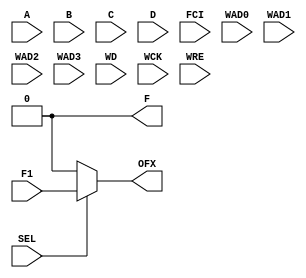
module OXIDE_COMB(
	input A, B, C, D, 
	input SEL, 
	input F1, 
	input FCI, 
	input WAD0, WAD1, WAD2, WAD3, 
	input WD, 
	input WCK, WRE, 
	output F, 
	output OFX 
);
	parameter MODE = "LOGIC"; 
	parameter [15:0] INIT = 16'h0000;
	parameter INJECT = "YES";
	localparam inject_p = (INJECT == "YES") ? 1'b1 : 1'b0;
	reg [15:0] lut = INIT;
	wire [7:0] s3 = D ?     INIT[15:8] :     INIT[7:0];
	wire [3:0] s2 = C ?       s3[ 7:4] :       s3[3:0];
	wire [1:0] s1 = B ?       s2[ 3:2] :       s2[1:0];
	wire Z =        A ?          s1[1] :         s1[0];
	wire [3:0] s2_3 = C ?   INIT[ 7:4] :     INIT[3:0];
	wire [1:0] s1_3 = B ?   s2_3[ 3:2] :     s2_3[1:0];
	wire Z3 =         A ?      s1_3[1] :       s1_3[0];
	generate
		if (MODE == "DPRAM") begin
			always @(posedge WCK)
				if (WRE)
					lut[{WAD3, WAD2, WAD1, WAD0}] <= WD;
		end
		if (MODE == "CCU2") begin
			assign F = Z ^ (FCI & ~inject_p);
			assign FCO = Z ? FCI : (Z3 & ~inject_p);
		end else begin
			assign F = Z;
		end
	endgenerate
	assign OFX = SEL ? F1 : F;
endmodule